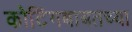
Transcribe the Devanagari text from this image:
कोटिंगबाबतच्या